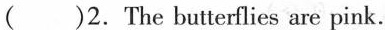
( )2. The butterflies are pink.